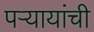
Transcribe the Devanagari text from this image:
पऱ्यायांची